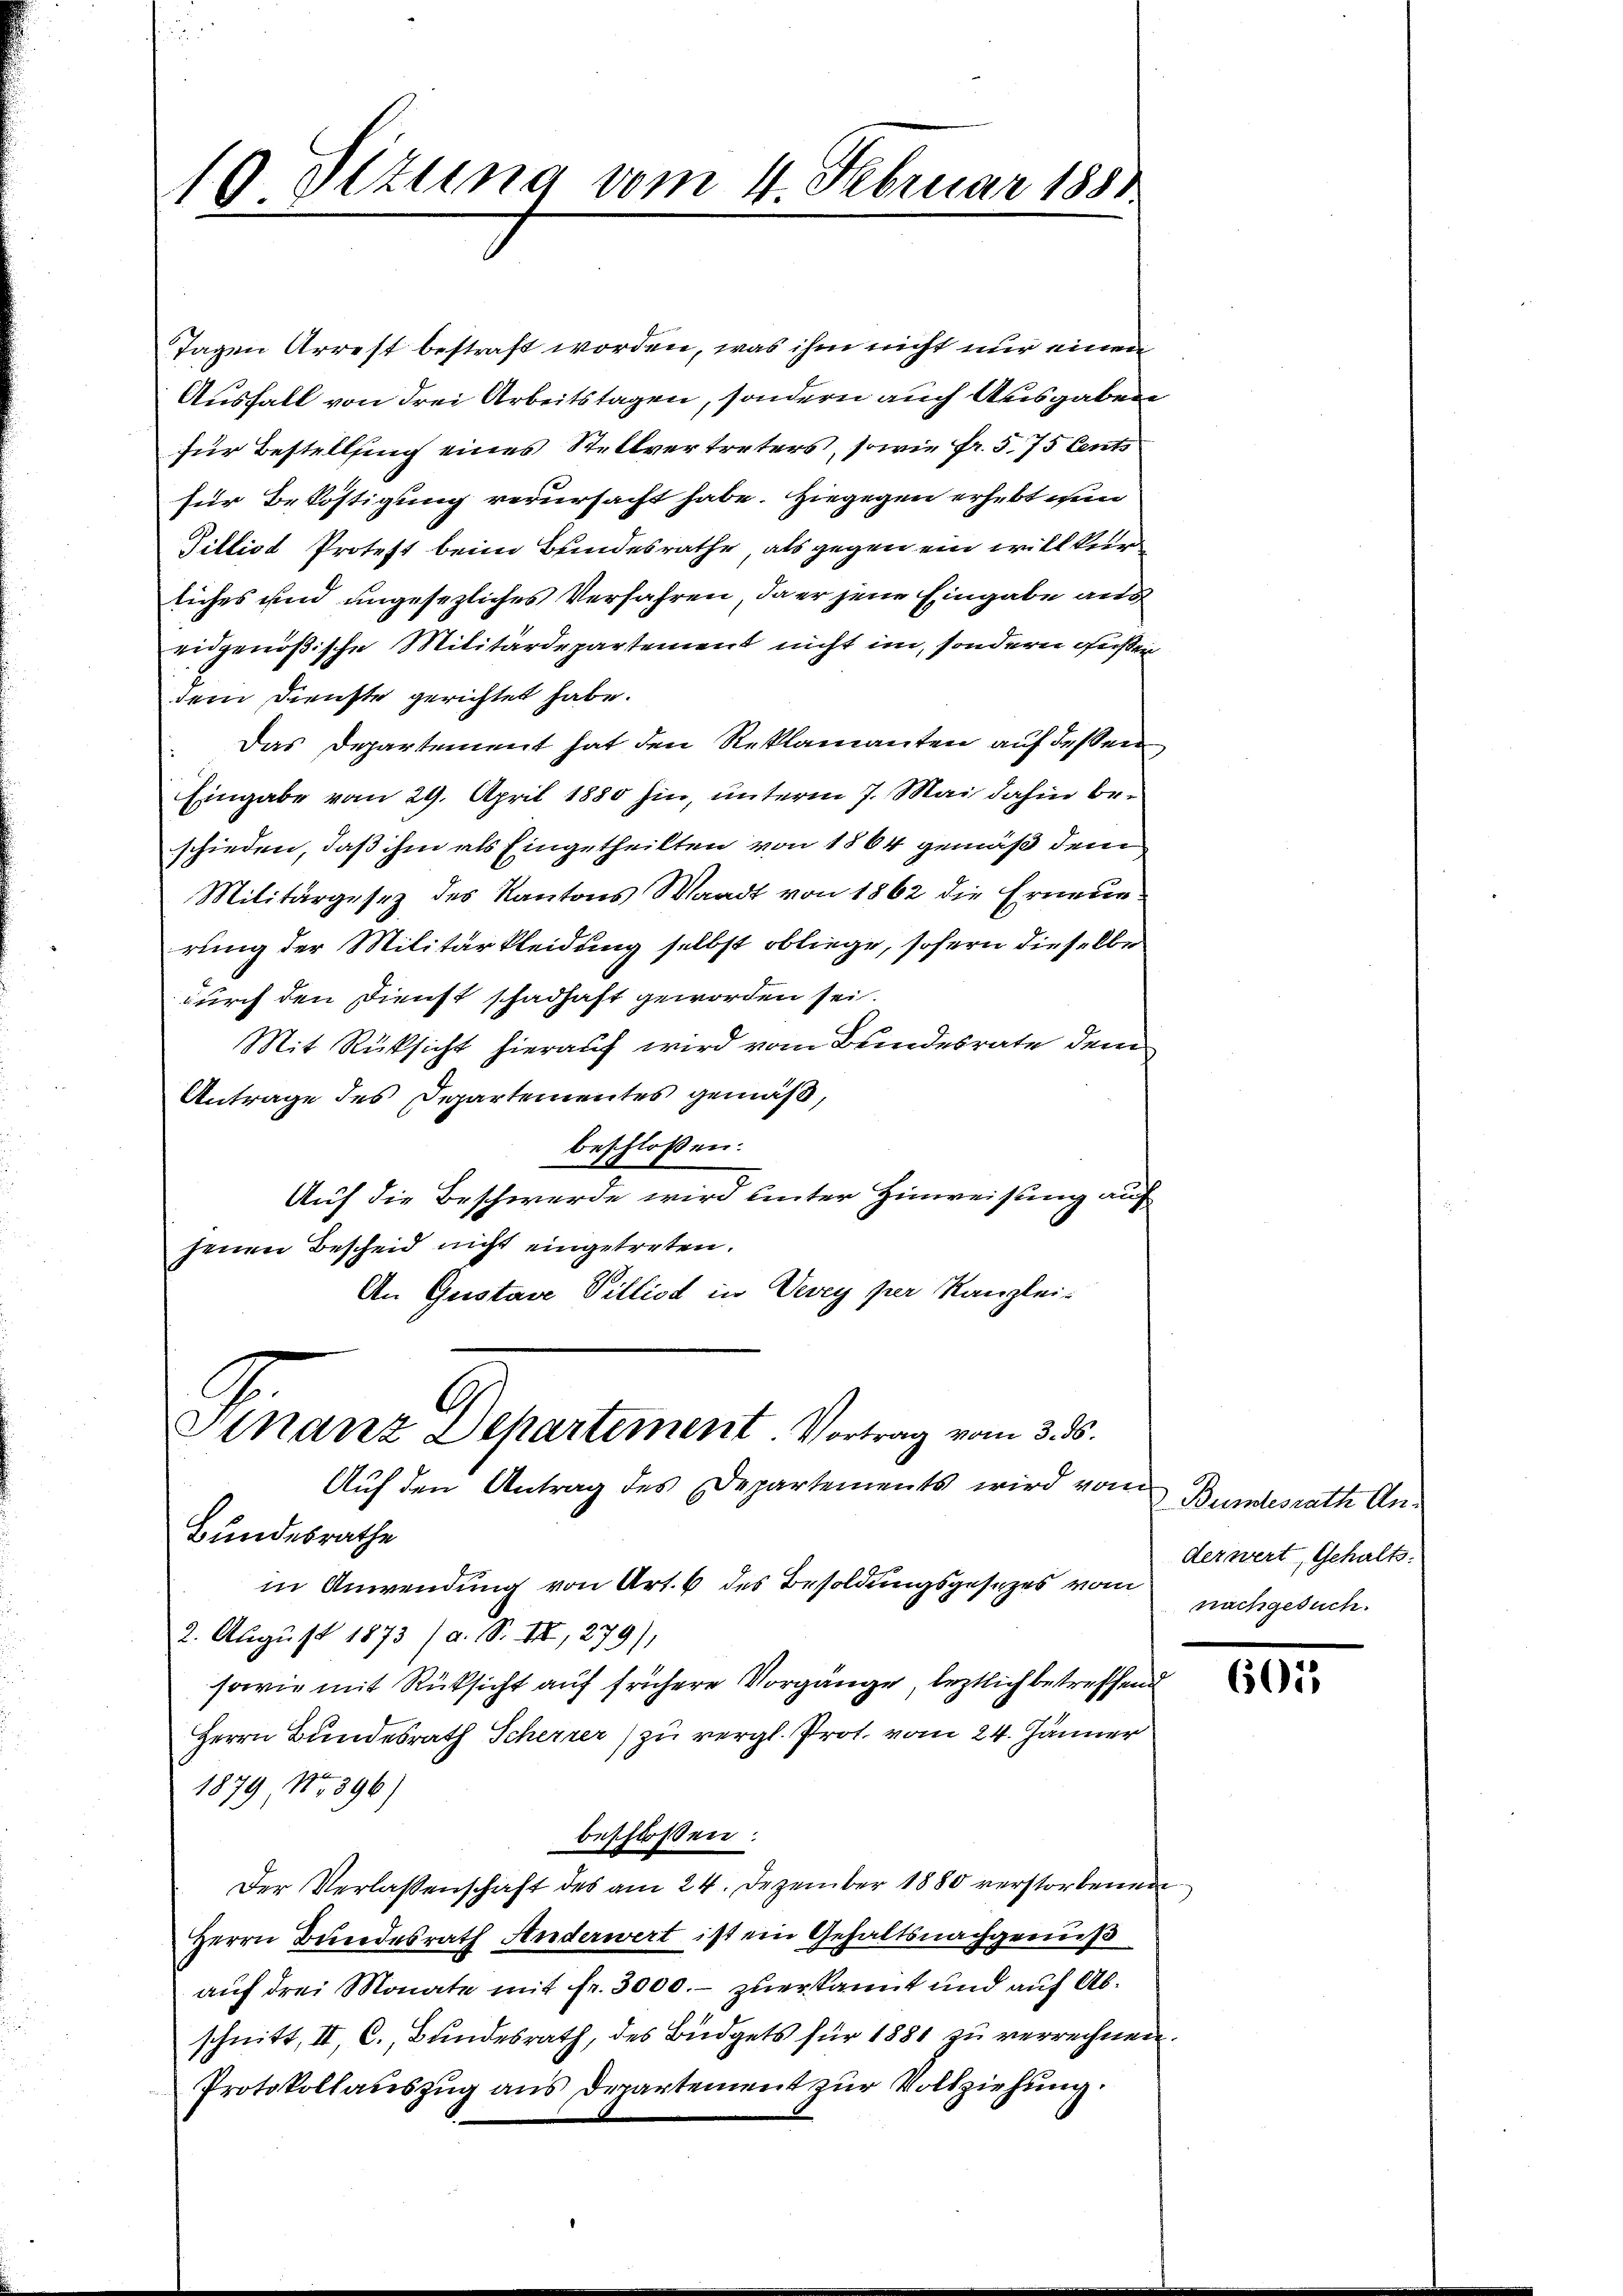
10 Dizung vom 4. Februar 1881

Tagen Arrest bestraft worden, was ihm nicht nur einen
Ausfall von drei Arbeitstagen, sondern auch Ausgaben
für Bestellung eines Stellvertreters, sowie fr. 5. 75 Cents
für Beköstigung verursacht habe. Hiegegen erhebt wun
Tillist Protest beim Bundesrathe, als gegen ein will keir
liches und ungesezliches Verfahren, da er jene Eingabe aus
eidgenößische Militärdepartement nicht im sondern außer
dem Dienste gerichtet habe.
Das Departement hat den Reklamanten auf dessen
Eingabe vom 29. April 1880 hin, unterm 7. Mai dahin beschieden, daß ihm als Eingetheilten von 1864 gemäß dem
Militärgesez des Kantons Waadt von 1862 die Erneue
rung der Militärkleidung selbst obliege, sofern dieselbe
durch den Dienst schadhaft geworden sei.
Mit Rüksicht hierauf wird vom Bundesrate dem
Antrage des Departementes gemäß,
beschlossen:
Auf die Beschwerde wird unter Hinweisung auf
jenen Bescheid nicht eingetreten.
An Gustave Villiod in Vevey per Kanzlei-

Finanz Dehartement. Vortrag vom 3. ds.
Auf den Antrag des Departements wird vom

Bundesrathe
in Anwendung von Art. 6 des Besoldungsgesezes vom
2. August 1873 (a. S. III, 279),
sowie mit Rücksicht auf frühere Vorgänge, letztlich betreffend
Herrn Bundesrath Scherrer zu vergl. Prot. vom 24. Jänner
F
1879 No 396)
beschloßen:
Der Verlassenschaft des am 24. Dezember 1880 verstorbenen
Herrn Bundesrath Anderwert ist ein Gehaltsnachgenuß
auf drei Monate mit fr. 3000.- zuerkannt und auf Abschnitt, II C., Bundesrath, des Büdgets für 1881 zu verrechnen.
Protokollauszug aus Departement zur Vollziehung.

Bundesrath Anderwert, Gehalts.
nachgesuch.

601